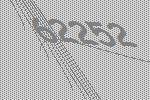
62252